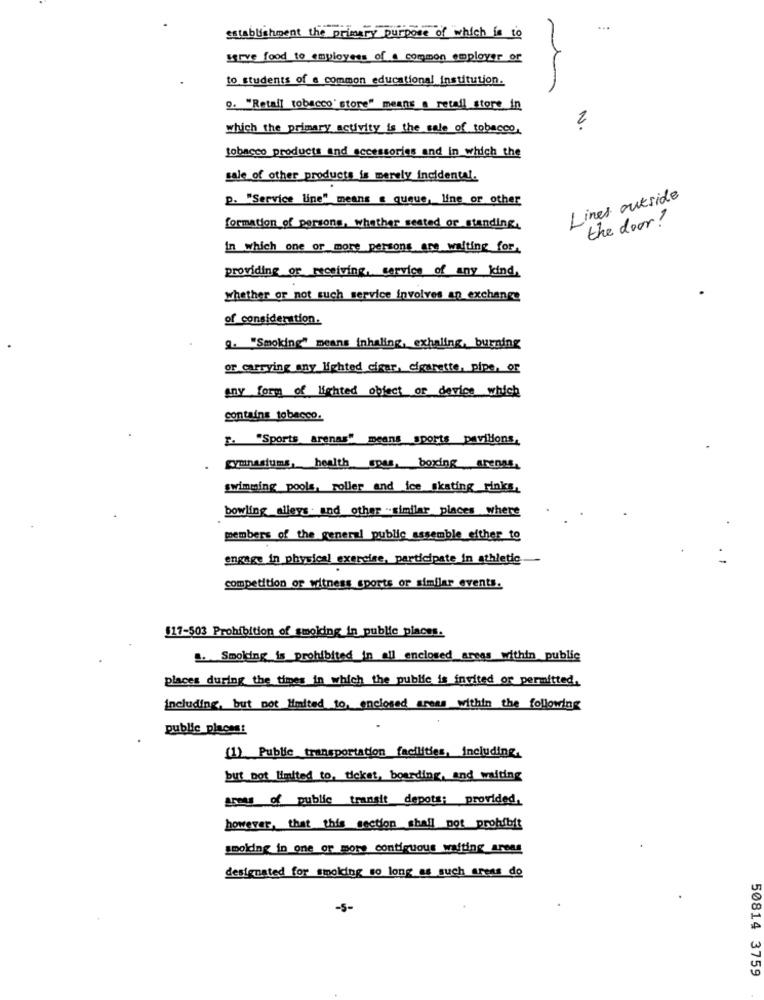
establishment the primary purpose of which is to
serve food to employees of a common employer or
to students of a common educational institution.
o. "Retail tobacco' store" means a retail store in
2
which the primary activity is the sale of tobacco,
tobacco products and accessories and in which the
sale of other products is merely incidental.
p. "Service line" means a queue, line or other
Lines outside
the door?
formation of persons, whether seated or standing,
In which one or more persons are waiting for.
providing or receiving, service of any kind,
whether or not such service involves an exchange
of considenttion.
Q. "Smoking" means inhaling, exhaling, burning
or carrying any lighted cigar, cigarette, pipe, or
any form of lighted object or device which
contains tobacco.
". "Sports arenas" means sports pavilions,
gymnasiums, health spas, boxing arenas,
swimming pools, roller and ice skating rinks,
bowling alleys . and other .. similar places where
members of the general public assemble either to
engage in physical exercise, participate in athletic.
competition or witness sports or similar events.
$17-503 Prohibition of smolding in public places.
1. Smolding is prohibited_in all enclosed_areas within public
places during the times in which the public is invited or permitted,
including, but not limited to, enclosed areas within the following
public places:
(1) Public transportation facilities, including,
but not limited to, ticket, boarding, and waiting
areas of public transit depote; provided,
however, that this section shall pot prohibit
smolding in one or more contiguous waiting areas
designated for smoking so long as such areas do
-5-
50814 3759